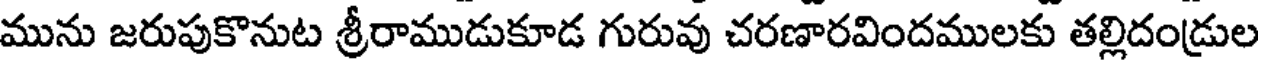
మును జరుపుకొనుట శ్రీరాముడుకూడ గురువు చరణారవిందములకు తల్లిదండ్రుల